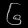
Digit: ၆